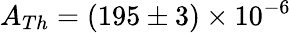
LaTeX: A_{Th}=(195\pm 3)\times 10^{-6}